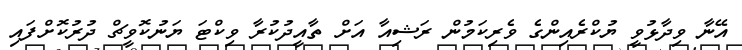
އޭނާ ވިދާޅުވީ ޔުކްރެއިންގެ ވެރިކަމުން ރަޝިއާ އަށް ތާއީދުކުރާ ވިކްޓަ ޔަނުކޮވީޗް ދުރުކޮށްފައި